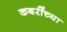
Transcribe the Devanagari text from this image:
कबरींच्या